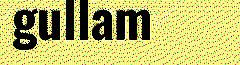
gullam